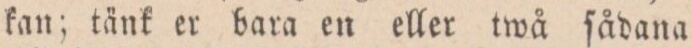
kan; tänk er bara en eller twå ſådana